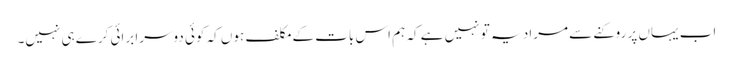
اب یہاں پر روکنے سے مراد یہ تو نہیں ہے کہ ہم اس بات کے مکلف ہوں کہ کوئی دوسرا برائی کرے ہی نہیں۔